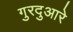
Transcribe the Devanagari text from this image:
गुरदुआरे